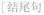
[结尾句]